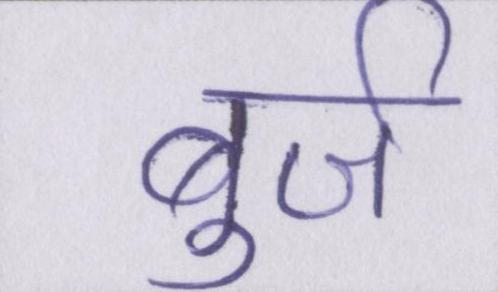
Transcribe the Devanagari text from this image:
बुर्ज